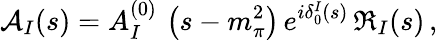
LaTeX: {\cal A}_{I}(s)=A_{I}^{(0)}\, \left(s-m_{\pi}^{2}\right)\, e^{i\delta_{0}^{I}(s)}\, \Re_{I}(s)\, ,